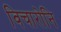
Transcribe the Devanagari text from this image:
विचारोनि